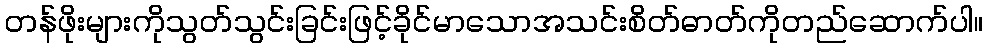
တန်ဖိုးများကိုသွတ်သွင်းခြင်းဖြင့်ခိုင်မာသောအသင်းစိတ်ဓာတ်ကိုတည်ဆောက်ပါ။